system: You are a helpful assistant.
user:
Analyze the provided spectrum to determine if it is a **"Cataclysmic Variables (CV)"**.

- **Key Indicators for CV (Check for either state):**
    - **State 1: Quiescent / Low-State (Emission-Dominated)**
        - **(Primary):** Strong and *very broad* Hydrogen Balmer emission lines (e.g., $H\alpha$ at 6563 Å, $H\beta$ at 4861 Å). The 'broadness' (high velocity dispersion, often FWHM > 1000 km/s) is the key diagnostic, indicating a high-velocity accretion disk.
        - **(Secondary):** Broad neutral Helium (He I) emission lines (e.g., 5876 Å, 6678 Å).
        - **(Key Confirmation):** Presence of high-excitation *ionized* Helium (He II) emission at 4686 Å. This is a strong indicator of accretion onto a white dwarf.
        - **(Line Profile):** Emission lines may exhibit a 'double-peaked' profile, which is a classic signature of a rotating accretion disk viewed at high inclination.

    - **State 2: Outburst / High-State (Absorption-Dominated)**
        - **(Primary):** Spectrum is dominated by a bright, blue continuum (looks like a hot star).
        - **(Secondary):** The emission lines from State 1 are weak, absent, or 'filled in', and are replaced by broad, shallow *absorption* lines (primarily Balmer and He I).
        - **(Morphology):** The overall spectrum mimics a hot B/A-type star. The crucial difference is that the absorption lines are significantly broader, shallower, and more 'washed-out' (or 'smeared') than the sharp lines of a normal stellar photosphere, due to high rotational speeds and pressure broadening in the disk.

Think first, call **spectral_visualization_tool** if needed to examine features in detail, then provide your final answer. Your response must adhere to the following strict rules:
1.  **Overall Structure:** Your response must follow the format `<think>...</think> <tool_call>...</tool_call> (if a tool is used) <answer>...</answer>`.
2.  **Tool Usage Constraint:** You may only make **one** tool call per turn.
3.  **Final Answer Format:** In the `<answer>` tag, your conclusion must be inside a `\boxed{}` command (e.g., `\boxed{YES}`), followed by your justification.

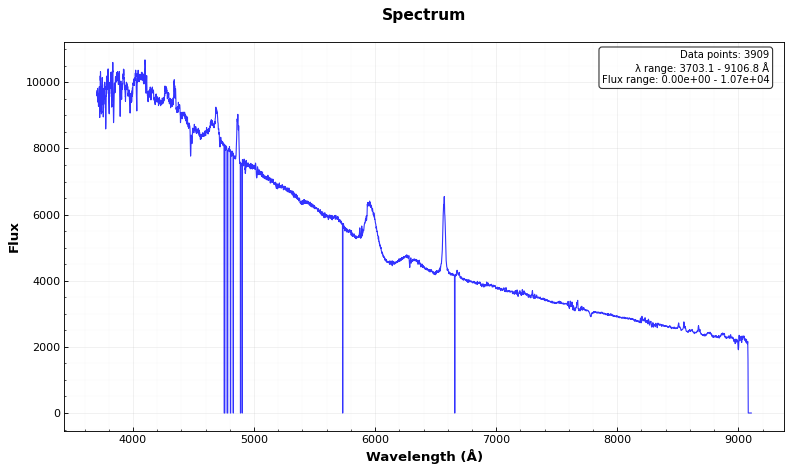
Answer: YES